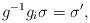
LaTeX: \begin{align*}g^{-1} g_i \sigma = \sigma' ,\end{align*}